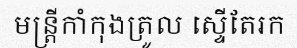
មន្ត្រីកាំកុងត្រូល ស្ទើតែរក